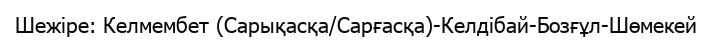
Шежіре: Келмембет (Сарықасқа/Сарғасқа)-Келдібай-Бозғұл-Шөмекей